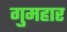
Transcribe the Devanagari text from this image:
गुमहार